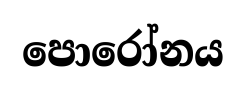
පොරෝනය